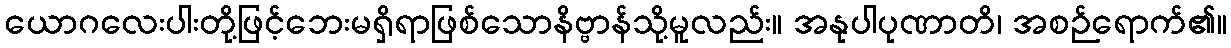
ယောဂလေးပါးတို့ဖြင့်ဘေးမရှိရာဖြစ်သောနိဗ္ဗာန်သို့မူလည်း။ အနုပါပုဏာတိ၊ အစဉ်ရောက်၏။